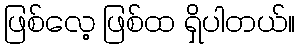
ဖြစ်လေ့ ဖြစ်ထ ရှိပါတယ်။